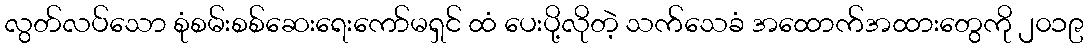
လွတ်လပ်သော စုံစမ်းစစ်ဆေးရေးကော်မရှင် ထံ ပေးပို့လိုတဲ့ သက်သေခံ အထောက်အထားတွေကို ၂၀၁၉